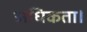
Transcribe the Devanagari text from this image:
अधिकता।